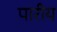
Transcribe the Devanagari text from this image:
पारीय